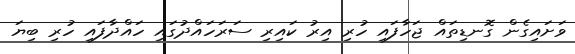
ވަށައިގެން ގޮނޑިތައް ޖަހާފައި ހުރި އިރު ކައިރި ސަރަހައްދުގައި ހައްދާފައި ހުރި ބިޔަ